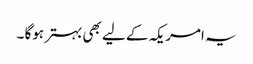
یہ امریکہ کے لیے بھی بہتر ہوگا ۔